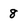
Character: 8